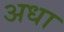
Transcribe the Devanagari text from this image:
अधा